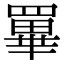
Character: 罼